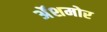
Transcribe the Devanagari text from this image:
अॅशमोर